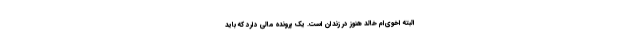
البته اخوی‌ام خالد هنوز در زندان است. یک پرونده مالی دارد که باید